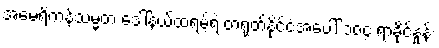
အမေရိကန်သမ္မတ ဒေါ်နယ်ထရမ့်ရဲ့ တရုတ်နိုင်ငံအပေါ် ၁၀၄ ရာခိုင်နှုန်း